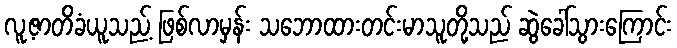
လူ့ဇာတိခံယူသည့် ဖြစ်လာမှန်း သဘောထားတင်းမာသူတို့သည် ဆွဲခေါ်သွားကြောင်း